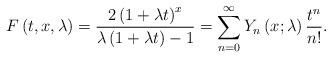
LaTeX: \begin{align*}F\left( t,x,\lambda \right) =\frac{2\left( 1+\lambda t\right) ^{x}}{\lambda\left( 1+\lambda t\right) -1}=\sum\limits_{n=0}^{\infty }Y_{n}\left(x;\lambda \right) \frac{t^{n}}{n!}. \end{align*}